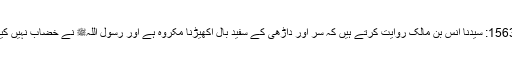
1563: سیدنا انس بن مالکؓ روایت کرتے ہیں کہ سر اور داڑھی کے سفید بال اکھیڑنا مکروہ ہے اور رسول اللہﷺ نے خضاب نہیں کیا۔